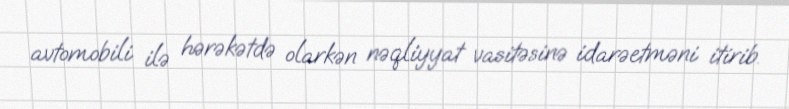
avtomobili ilə hərəkətdə olarkən nəqliyyat vasitəsinə idarəetməni itirib.